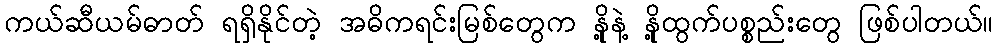
ကယ်ဆီယမ်ဓာတ် ရရှိနိုင်တဲ့ အဓိကရင်းမြစ်တွေက နို့နဲ့ နို့ထွက်ပစ္စည်းတွေ ဖြစ်ပါတယ်။